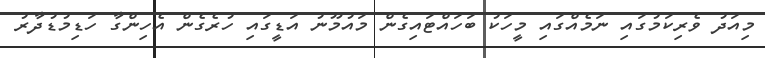
މިއަދު ވެރިކަމުގައި ނަމެއްގައި މީހަކު ބަހައްޓައިގެން މައުމޫނު އަޑީގައި ހުރެގެން އެހިންގާ ހަޑިމުޑުދާރު